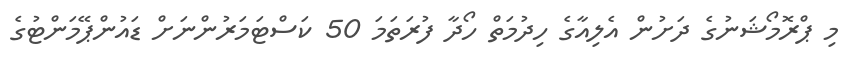
މި ޕްރޮމޯޝަނުގެ ދަށުން އެލިއާގެ ހިދުމަތް ހޯދާ ފުރަތަމަ 50 ކަސްޓަމަރުންނަށް ޑައުންޕޭމަންޓުގެ